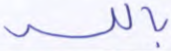
بالله